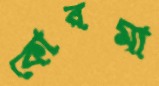
কোরমা